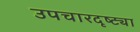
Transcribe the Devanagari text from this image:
उपचारदृष्ट्या